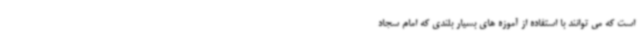
است که می توانند با استفاده از آموزه های بسیار بلندی که امام سجاد